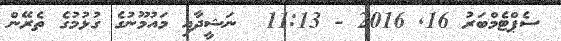
ސެޕްޓެމްބަރު 16